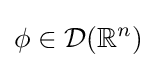
\phi \in {\mathcal {D}}(\mathbb {R} ^{n})